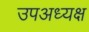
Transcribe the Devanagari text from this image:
उपअध्यक्ष